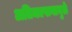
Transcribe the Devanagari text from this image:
अतिमद्यपानामुळे